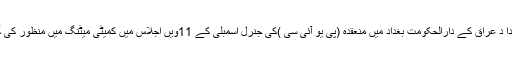
قراردا د عراق کے دارالحکومت بغداد میں منعقدہ (پی یو آئی سی )کی جنرل اسمبلی کے 11ویں اجلاس میں کمیٹی میٹنگ میں منظور کی گئی ۔